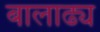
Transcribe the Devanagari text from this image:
बालाढ्य